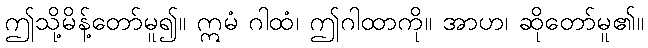
ဤသို့မိန့်တော်မူ၍။ ဣမံ ဂါထံ၊ ဤဂါထာကို။ အာဟ၊ ဆိုတော်မူ၏။